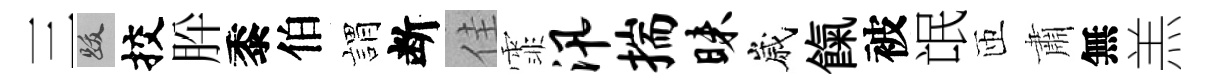
三跋挍肸黍伯娟断佳霏汛揣昧嵗餼被氓匝肅無羔